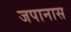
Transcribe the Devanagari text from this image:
जपानास